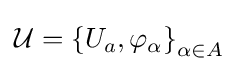
{\mathcal {U}}=\left\{U_{a},\varphi _{\alpha }\right\}_{\alpha \in A}